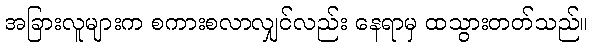
အခြားလူများက စကားစလာလျှင်လည်း နေရာမှ ထသွားတတ်သည်။